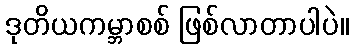
ဒုတိယကမ္ဘာစစ် ဖြစ်လာတာပါပဲ။